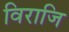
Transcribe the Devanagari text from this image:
विराजि